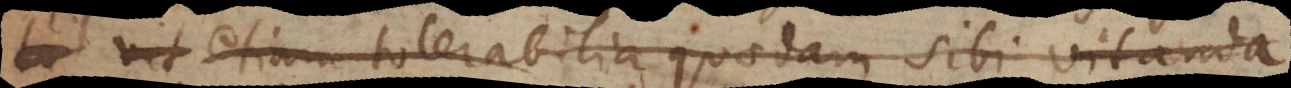
vit etiam tolerabilia quaedam sibi